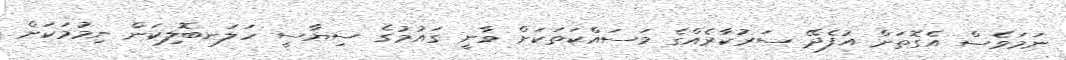
ނަމަވެސް އެގޮތަށް އުފެދޭ ސަރުކާރެއްގެ މަސައްކަތަކަށް ވާނީ ގައުމުގެ ސިޔާސީ ހަލަނބޮލިކަން ނިމުމަކަށް